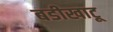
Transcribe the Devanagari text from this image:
बडीखाटू